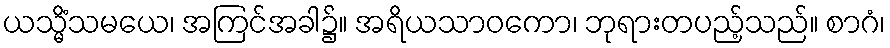
ယသ္မိံသမယေ၊ အကြင်အခါ၌။ အရိယသာဝကော၊ ဘုရားတပည့်သည်။ စာဂံ၊